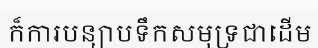
ក៏ការបន្យាបទឹកសមុទ្រជាដើម